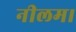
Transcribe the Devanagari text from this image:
नीलम।